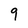
Character: 9